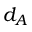
d _ { A }